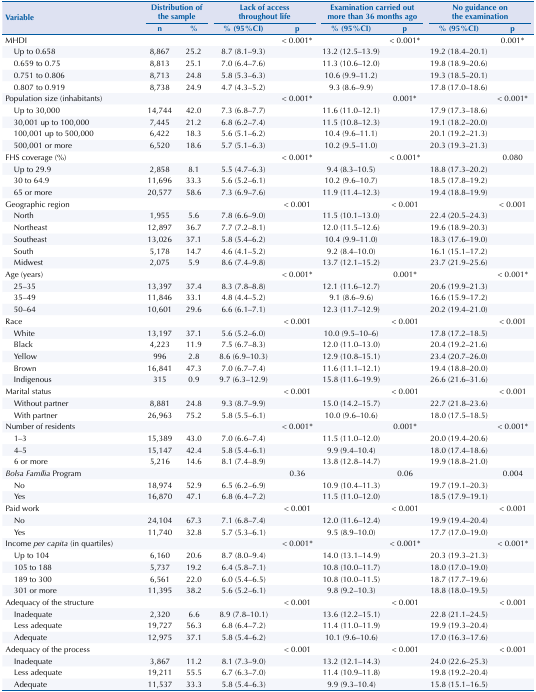
<table><thead><tr><td rowspan="3"><b>Variable</b></td><td colspan="2"><b>Distribution of the sample</b></td><td colspan="2"><b>Lack of access throughout life</b></td><td colspan="2"><b>Examination carried out more than 36 months ago</b></td><td colspan="2"><b>No guidance on the examination</b></td></tr><tr><td><b>n</b></td><td><b>%</b></td><td><b>% (95%CI)</b></td><td><b>p</b></td><td><b>% (95%CI)</b></td><td><b>p</b></td><td><b>% (95%CI)</b></td><td><b>p</b></td></tr></thead><tbody><tr><td>MHDI</td><td> </td><td> </td><td> </td><td>&lt; 0.001*</td><td> </td><td>&lt; 0.001*</td><td> </td><td>0.001*</td></tr><tr><td>Up to 0.658</td><td>8,867</td><td>25.2</td><td>8.7 (8.1–9.3)</td><td> </td><td>13.2 (12.5–13.9)</td><td> </td><td>19.2 (18.4–20.1)</td><td> </td></tr><tr><td>0.659 to 0.75</td><td>8,813</td><td>25.1</td><td>7.0 (6.4–7.6)</td><td> </td><td>11.3 (10.6–12.0)</td><td> </td><td>19.8 (18.9–20.6)</td><td> </td></tr><tr><td>0.751 to 0.806</td><td>8,713</td><td>24.8</td><td>5.8 (5.3–6.3)</td><td> </td><td>10.6 (9.9–11.2)</td><td> </td><td>19.3 (18.5–20.1)</td><td> </td></tr><tr><td>0.807 to 0.919</td><td>8,738</td><td>24.9</td><td>4.7 (4.3–5.2)</td><td> </td><td>9.3 (8.6–9.9)</td><td> </td><td>17.8 (17.0–18.6)</td><td> </td></tr><tr><td>Population size (inhabitants)</td><td> </td><td> </td><td> </td><td>&lt; 0.001*</td><td> </td><td>0.001*</td><td> </td><td>&lt; 0.001*</td></tr><tr><td>Up to 30,000</td><td>14,744</td><td>42.0</td><td>7.3 (6.8–7.7)</td><td> </td><td>11.6 (11.0–12.1)</td><td> </td><td>17.9 (17.3–18.6)</td><td> </td></tr><tr><td>30,001 up to 100,000</td><td>7,445</td><td>21.2</td><td>6.8 (6.2–7.4)</td><td> </td><td>11.5 (10.8–12.3)</td><td> </td><td>19.1 (18.2–20.0)</td><td> </td></tr><tr><td>100,001 up to 500,000</td><td>6,422</td><td>18.3</td><td>5.6 (5.1–6.2)</td><td> </td><td>10.4 (9.6–11.1)</td><td> </td><td>20.1 (19.2–21.3)</td><td> </td></tr><tr><td>500,001 or more</td><td>6,520</td><td>18.6</td><td>5.7 (5.1–6.3)</td><td> </td><td>10.2 (9.5–11.0)</td><td> </td><td>20.3 (19.3–21.3)</td><td> </td></tr><tr><td>FHS coverage (%)</td><td> </td><td> </td><td> </td><td>&lt; 0.001*</td><td> </td><td>&lt; 0.001*</td><td> </td><td>0.080</td></tr><tr><td>Up to 29.9</td><td>2,858</td><td>8.1</td><td>5.5 (4.7–6.3)</td><td> </td><td>9.4 (8.3–10.5)</td><td> </td><td>18.8 (17.3–20.2)</td><td> </td></tr><tr><td>30 to 64.9</td><td>11,696</td><td>33.3</td><td>5.6 (5.2–6.1)</td><td> </td><td>10.2 (9.6–10.7)</td><td> </td><td>18.5 (17.8–19.2)</td><td> </td></tr><tr><td>65 or more</td><td>20,577</td><td>58.6</td><td>7.3 (6.9–7.6)</td><td> </td><td>11.9 (11.4–12.3)</td><td> </td><td>19.4 (18.8–19.9)</td><td> </td></tr><tr><td>Geographic region</td><td> </td><td> </td><td> </td><td>&lt; 0.001</td><td> </td><td>&lt; 0.001</td><td> </td><td>&lt; 0.001</td></tr><tr><td>North</td><td>1,955</td><td>5.6</td><td>7.8 (6.6–9.0)</td><td> </td><td>11.5 (10.1–13.0)</td><td> </td><td>22.4 (20.5–24.3)</td><td> </td></tr><tr><td>Northeast</td><td>12,897</td><td>36.7</td><td>7.7 (7.2–8.1)</td><td> </td><td>12.0 (11.5–12.6)</td><td> </td><td>19.6 (18.9–20.3)</td><td> </td></tr><tr><td>Southeast</td><td>13,026</td><td>37.1</td><td>5.8 (5.4–6.2)</td><td> </td><td>10.4 (9.9–11.0)</td><td> </td><td>18.3 (17.6–19.0)</td><td> </td></tr><tr><td>South</td><td>5,178</td><td>14.7</td><td>4.6 (4.1–5.2)</td><td> </td><td>9.2 (8.4–10.0)</td><td> </td><td>16.1 (15.1–17.2)</td><td> </td></tr><tr><td>Midwest</td><td>2,075</td><td>5.9</td><td>8.6 (7.4–9.8)</td><td> </td><td>13.7 (12.1–15.2)</td><td> </td><td>23.7 (21.9–25.6)</td><td> </td></tr><tr><td>Age (years)</td><td> </td><td> </td><td> </td><td>&lt; 0.001*</td><td> </td><td>0.001*</td><td> </td><td>&lt; 0.001*</td></tr><tr><td>25–35</td><td>13,397</td><td>37.4</td><td>8.3 (7.8–8.8)</td><td> </td><td>12.1 (11.6–12.7)</td><td> </td><td>20.6 (19.9–21.3)</td><td> </td></tr><tr><td>35–49</td><td>11,846</td><td>33.1</td><td>4.8 (4.4–5.2)</td><td> </td><td>9.1 (8.6–9.6)</td><td> </td><td>16.6 (15.9–17.2)</td><td> </td></tr><tr><td>50–64</td><td>10,601</td><td>29.6</td><td>6.6 (6.1–7.1)</td><td> </td><td>12.3 (11.7–12.9)</td><td> </td><td>20.2 (19.4–21.0)</td><td> </td></tr><tr><td>Race</td><td> </td><td> </td><td> </td><td>&lt; 0.001</td><td> </td><td>&lt; 0.001</td><td> </td><td>&lt; 0.001</td></tr><tr><td>White</td><td>13,197</td><td>37.1</td><td>5.6 (5.2–6.0)</td><td> </td><td>10.0 (9.5–10–6)</td><td> </td><td>17.8 (17.2–18.5)</td><td> </td></tr><tr><td>Black</td><td>4,223</td><td>11.9</td><td>7.5 (6.7–8.3)</td><td> </td><td>12.0 (11.0–13.0)</td><td> </td><td>20.4 (19.2–21.6)</td><td> </td></tr><tr><td>Yellow</td><td>996</td><td>2.8</td><td>8.6 (6.9–10.3)</td><td> </td><td>12.9 (10.8–15.1)</td><td> </td><td>23.4 (20.7–26.0)</td><td> </td></tr><tr><td>Brown</td><td>16,841</td><td>47.3</td><td>7.0 (6.7–7.4)</td><td> </td><td>11.6 (11.1–12.1)</td><td> </td><td>19.4 (18.8–20.0)</td><td> </td></tr><tr><td>Indigenous</td><td>315</td><td>0.9</td><td>9.7 (6.3–12.9)</td><td> </td><td>15.8 (11.6–19.9)</td><td> </td><td>26.6 (21.6–31.6)</td><td> </td></tr><tr><td>Marital status</td><td> </td><td> </td><td> </td><td>&lt; 0.001</td><td> </td><td>&lt; 0.001</td><td> </td><td>&lt; 0.001</td></tr><tr><td>Without partner</td><td>8,881</td><td>24.8</td><td>9.3 (8.7–9.9)</td><td> </td><td>15.0 (14.2–15.7)</td><td> </td><td>22.7 (21.8–23.6)</td><td> </td></tr><tr><td>With partner</td><td>26,963</td><td>75.2</td><td>5.8 (5.5–6.1)</td><td> </td><td>10.0 (9.6–10.6)</td><td> </td><td>18.0 (17.5–18.5)</td><td> </td></tr><tr><td>Number of residents</td><td> </td><td> </td><td> </td><td>&lt; 0.001*</td><td> </td><td>0.001*</td><td> </td><td>&lt; 0.001*</td></tr><tr><td>1–3</td><td>15,389</td><td>43.0</td><td>7.0 (6.6–7.4)</td><td> </td><td>11.5 (11.0–12.0)</td><td> </td><td>20.0 (19.4–20.6)</td><td> </td></tr><tr><td>4–5</td><td>15,147</td><td>42.4</td><td>5.8 (5.4–6.1)</td><td> </td><td>9.9 (9.4–10.4)</td><td> </td><td>18.0 (17.4–18.6)</td><td> </td></tr><tr><td>6 or more</td><td>5,216</td><td>14.6</td><td>8.1 (7.4–8.9)</td><td> </td><td>13.8 (12.8–14.7)</td><td> </td><td>19.9 (18.8–21.0)</td><td> </td></tr><tr><td><i>Bolsa Família</i> Program</td><td> </td><td> </td><td> </td><td>0.36</td><td> </td><td>0.06</td><td> </td><td>0.004</td></tr><tr><td>No</td><td>18,974</td><td>52.9</td><td>6.5 (6.2–6.9)</td><td> </td><td>10.9 (10.4–11.3)</td><td> </td><td>19.7 (19.1–20.3)</td><td> </td></tr><tr><td>Yes</td><td>16,870</td><td>47.1</td><td>6.8 (6.4–7.2)</td><td> </td><td>11.5 (11.0–12.0)</td><td> </td><td>18.5 (17.9–19.1)</td><td> </td></tr><tr><td>Paid work</td><td> </td><td> </td><td> </td><td>&lt; 0.001</td><td> </td><td>&lt; 0.001</td><td> </td><td>&lt; 0.001</td></tr><tr><td>No</td><td>24,104</td><td>67.3</td><td>7.1 (6.8–7.4)</td><td> </td><td>12.0 (11.6–12.4)</td><td> </td><td>19.9 (19.4–20.4)</td><td> </td></tr><tr><td>Yes</td><td>11,740</td><td>32.8</td><td>5.7 (5.3–6.1)</td><td> </td><td>9.5 (8.9–10.0)</td><td> </td><td>17.7 (17.0–19.0)</td><td> </td></tr><tr><td>Income <i>per capita</i> (in quartiles)</td><td> </td><td> </td><td> </td><td>&lt; 0.001*</td><td> </td><td>&lt; 0.001*</td><td> </td><td>&lt; 0.001*</td></tr><tr><td>Up to 104</td><td>6,160</td><td>20.6</td><td>8.7 (8.0–9.4)</td><td> </td><td>14.0 (13.1–14.9)</td><td> </td><td>20.3 (19.3–21.3)</td><td> </td></tr><tr><td>105 to 188</td><td>5,737</td><td>19.2</td><td>6.4 (5.8–7.1)</td><td> </td><td>10.8 (10.0–11.7)</td><td> </td><td>18.0 (17.0–19.0)</td><td> </td></tr><tr><td>189 to 300</td><td>6,561</td><td>22.0</td><td>6.0 (5.4–6.5)</td><td> </td><td>10.8 (10.0–11.5)</td><td> </td><td>18.7 (17.7–19.6)</td><td> </td></tr><tr><td>301 or more</td><td>11,395</td><td>38.2</td><td>5.6 (5.2–6.1)</td><td> </td><td>9.8 (9.2–10.3)</td><td> </td><td>18.8 (18.0–19.5)</td><td> </td></tr><tr><td>Adequacy of the structure</td><td> </td><td> </td><td> </td><td>&lt; 0.001</td><td> </td><td>&lt; 0.001</td><td> </td><td>&lt; 0.001</td></tr><tr><td>Inadequate</td><td>2,320</td><td>6.6</td><td>8.9 (7.8–10.1)</td><td> </td><td>13.6 (12.2–15.1)</td><td> </td><td>22.8 (21.1–24.5)</td><td> </td></tr><tr><td>Less adequate</td><td>19,727</td><td>56.3</td><td>6.8 (6.4–7.2)</td><td> </td><td>11.4 (11.0–11.9)</td><td> </td><td>19.9 (19.3–20.4)</td><td> </td></tr><tr><td>Adequate</td><td>12,975</td><td>37.1</td><td>5.8 (5.4–6.2)</td><td> </td><td>10.1 (9.6–10.6)</td><td> </td><td>17.0 (16.3–17.6)</td><td> </td></tr><tr><td>Adequacy of the process</td><td> </td><td> </td><td> </td><td>&lt; 0.001</td><td> </td><td>&lt; 0.001</td><td> </td><td>&lt; 0.001</td></tr><tr><td>Inadequate</td><td>3,867</td><td>11.2</td><td>8.1 (7.3–9.0)</td><td> </td><td>13.2 (12.1–14.3)</td><td> </td><td>24.0 (22.6–25.3)</td><td> </td></tr><tr><td>Less adequate</td><td>19,211</td><td>55.5</td><td>6.7 (6.3–7.0)</td><td> </td><td>11.4 (10.9–11.8)</td><td> </td><td>19.8 (19.2–20.4)</td><td> </td></tr><tr><td>Adequate</td><td>11,537</td><td>33.3</td><td>5.8 (5.4–6.3)</td><td> </td><td>9.9 (9.3–10.4)</td><td> </td><td>15.8 (15.1–16.5)</td><td> </td></tr></tbody></table>